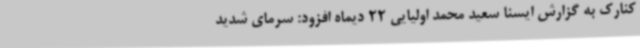
کنارک به گزارش ایسنا سعید محمد اولیایی 22 دیماه افزود: سرمای شدید